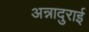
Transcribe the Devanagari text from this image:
अन्नादुराई